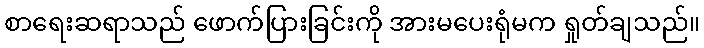
စာရေးဆရာသည် ဖောက်ပြားခြင်းကို အားမပေးရုံမက ရှုတ်ချသည်။